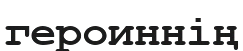
героиннің